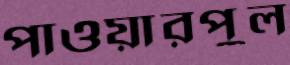
পাওয়ারপুল